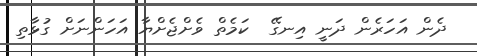
ދެން އަހަރެން ދަނީ އިނގޭ  ކަމެތް ވެށްޖެށްޔާ އަހަންނަށް ގުޅާތި